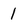
Character: 1